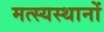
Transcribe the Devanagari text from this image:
मत्स्यस्थानों